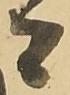
者